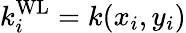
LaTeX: k_{i}^{\mathrm{WL}}=k(x_{i},y_{i})